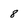
Character: 8